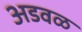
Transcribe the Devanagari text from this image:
अडवळ